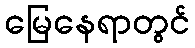
မြေနေရာတွင်